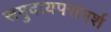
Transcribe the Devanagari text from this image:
समुदायपरामर्श